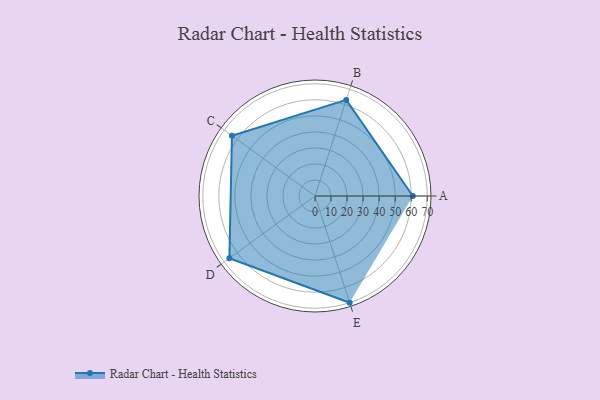
{"axis": {"x": "Skill", "y": "Score"}, "legend": ["Profile"], "data": [{"x": "A", "y": 61.0, "type": "Profile"}, {"x": "B", "y": 63.0, "type": "Profile"}, {"x": "C", "y": 64.0, "type": "Profile"}, {"x": "D", "y": 66.0, "type": "Profile"}, {"x": "E", "y": 70.0, "type": "Profile"}]}